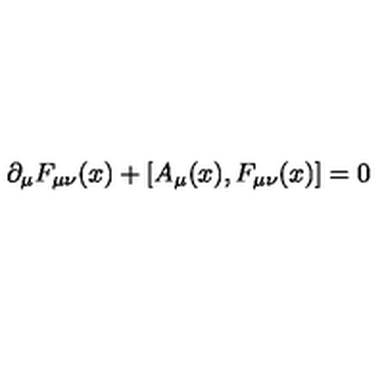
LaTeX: \partial _ { \mu } F _ { \mu \nu } ( x ) + [ A _ { \mu } ( x ) , F _ { \mu \nu } ( x ) ] = 0